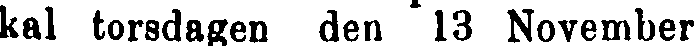
kal torsdagen den 13 November